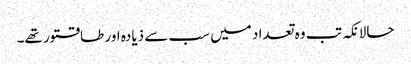
حالانکہ تب وہ تعداد میں سب سے ذیادہ اور طاقتور تھے۔